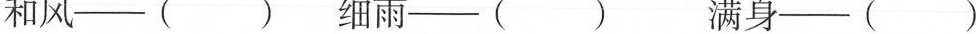
和风--( )细雨--( ) 满身--( )